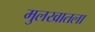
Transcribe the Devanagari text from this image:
मुलखातला